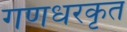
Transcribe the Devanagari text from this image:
गणधरकृत